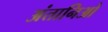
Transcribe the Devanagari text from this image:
अंतानिओ